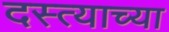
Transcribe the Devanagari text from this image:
दस्त्याच्या